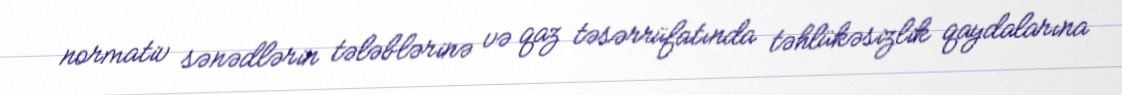
normativ sənədlərin tələblərinə və qaz təsərrüfatında təhlükəsizlik qaydalarına